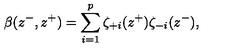
\beta ( z ^ { - } , z ^ { + } ) = \sum _ { i = 1 } ^ { p } \zeta _ { + i } ( z ^ { + } ) \zeta _ { - i } ( z ^ { - } ) ,